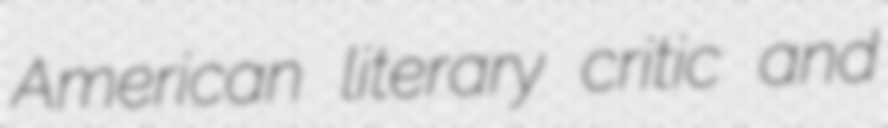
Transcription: American literary critic and